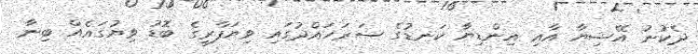
ދެކުނު އޭޝިޔާ އާއި އިންޑިޔާ ކަނޑުގެ ސަރަހައްދުގައި ވިޔަފާރީގެ ބޮޑު ވިޔުގައެއް ބިނާ